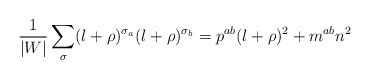
\begin{align*}\frac{1}{|W|}\sum_{\sigma}(l+\rho)^{\sigma_{a}}(l+\rho)^{\sigma_{b}}=p^{ab}(l+\rho)^{2}+m^{ab}n^{2}\end{align*}